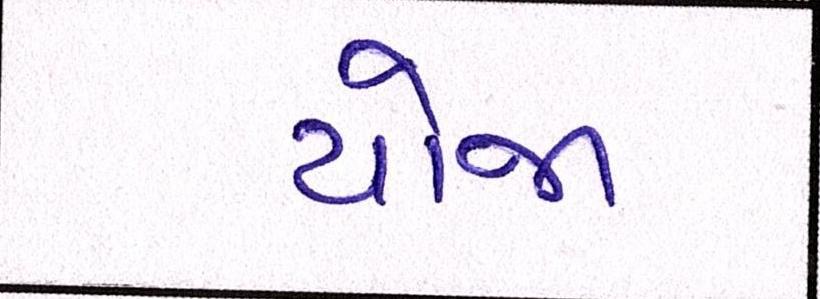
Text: યોજા